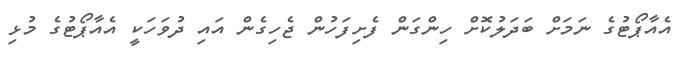
އެއާޕޯޓުގެ ނަމަށް ބަދަލުކޮށް ހިންގަން ފެށިފަހުން ޖެހިގެން އައި ދުވަހަކީ އެއާޕޯޓުގެ މުޅި